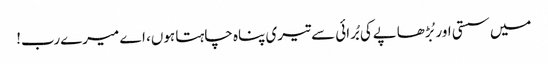
میں سستی اور بُڑھاپےکی بُرائی سے تیری پناہ چاہتا ہوں، اے میرےرب!